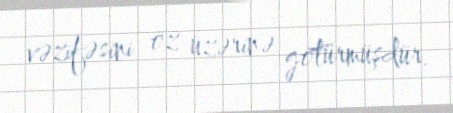
vəzifəsini öz üzərinə götürmüşdür.